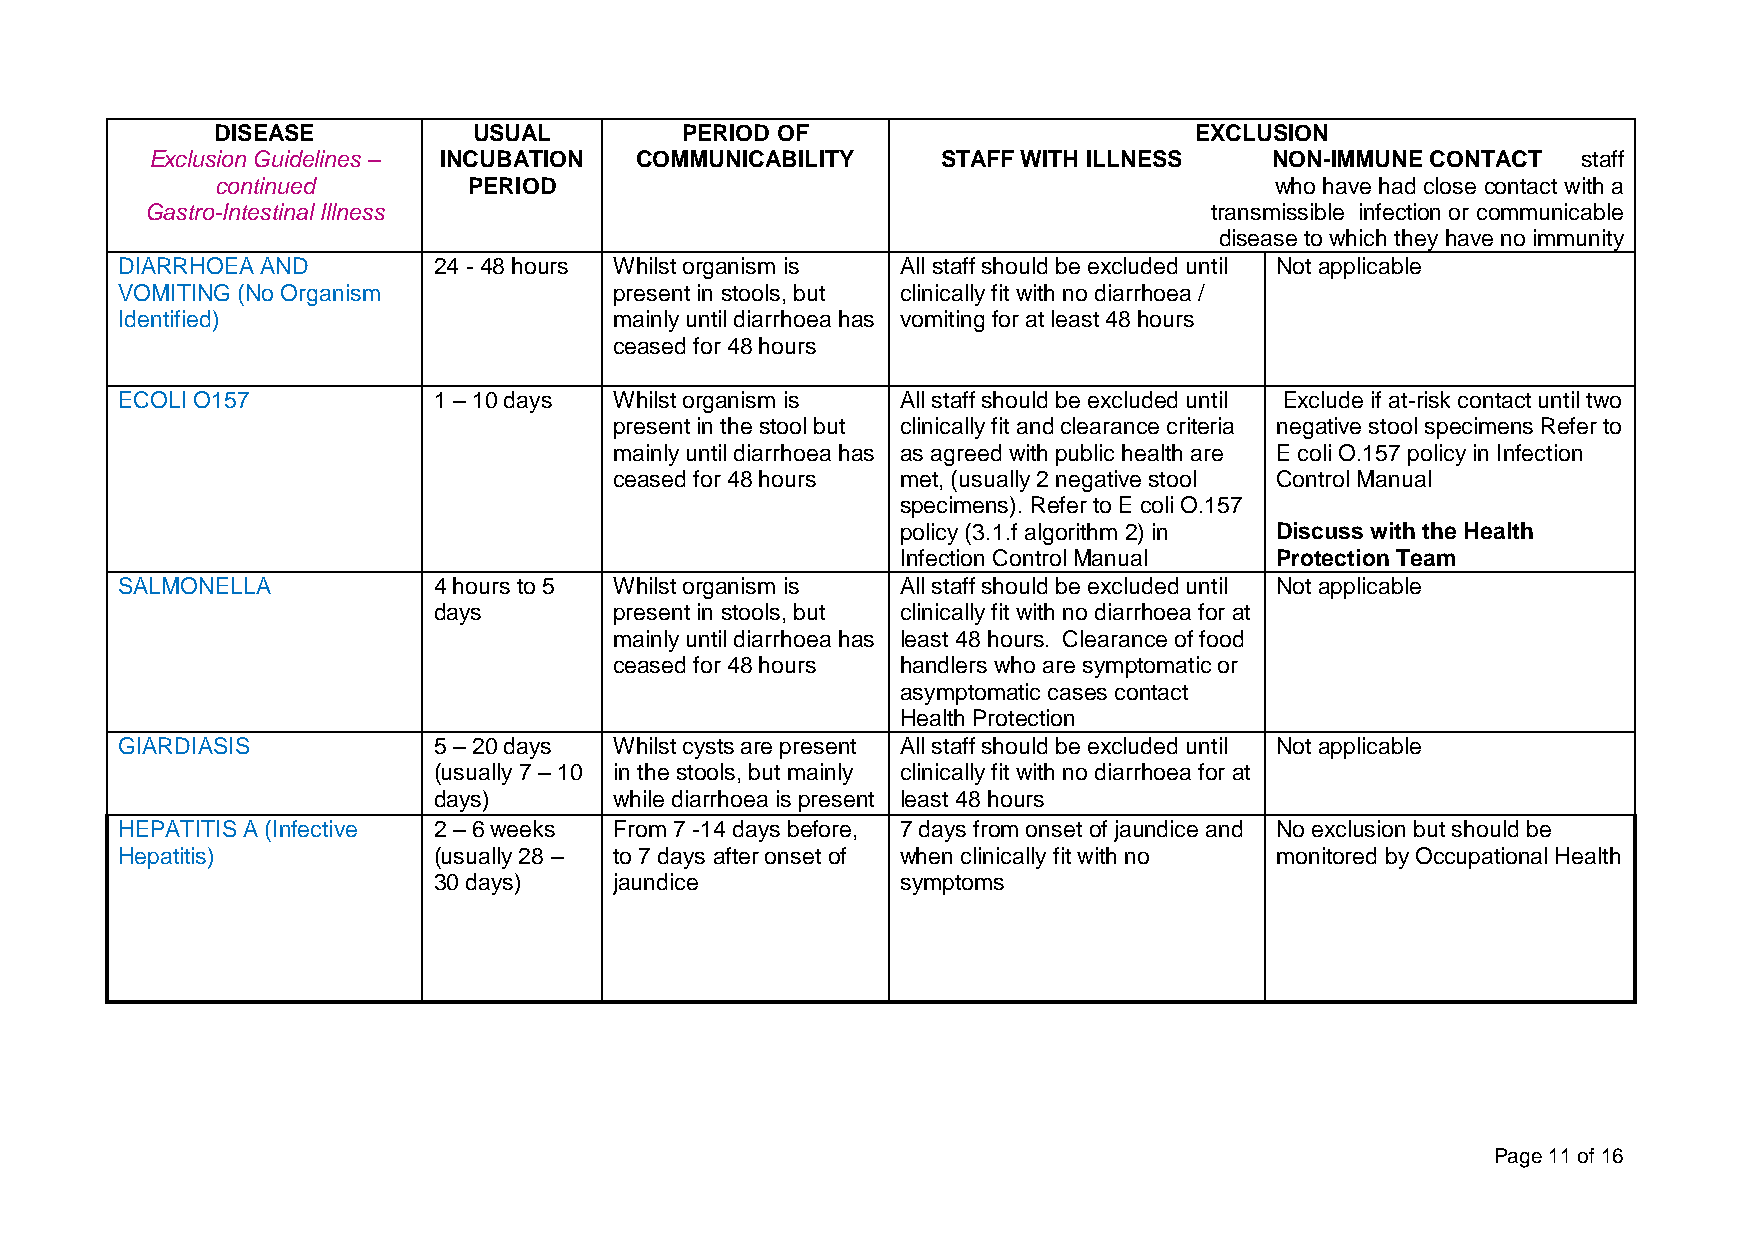
DISEASE          USUAL         PERIOD OF                         EXCLUSION
 Exclusion Guidelines – INCUBATION COMMUNICABILITY   STAFF WITH ILLNESS    NON-IMMUNE CONTACT   staff
 continued        PERIOD                                               who have had close contact with a
 Gastro-Intestinal Illness                                             transmissible infection or communicable
 disease to which they have no immunity
 DIARRHOEA AND        24 - 48 hours Whilst organism is All staff should be excluded until Not applicable
 VOMITING (No Organism            present in stools, but clinically fit with no diarrhoea /
 Identified)                      mainly until diarrhoea has vomiting for at least 48 hours
 ceased for 48 hours
 ECOLI O157           1 – 10 days Whilst organism is All staff should be excluded until Exclude if at-risk contact until two
 present in the stool but clinically fit and clearance criteria negative stool specimens Refer to
 mainly until diarrhoea has as agreed with public health are E coli O.157 policy in Infection
 ceased for 48 hours met, (usually 2 negative stool Control Manual
 specimens). Refer to E coli O.157
 policy (3.1.f algorithm 2) in Discuss with the Health
 Infection Control Manual Protection Team
 SALMONELLA           4 hours to 5 Whilst organism is All staff should be excluded until Not applicable
 days        present in stools, but clinically fit with no diarrhoea for at
 mainly until diarrhoea has least 48 hours. Clearance of food
 ceased for 48 hours handlers who are symptomatic or
 asymptomatic cases contact
 Health Protection
 GIARDIASIS           5 – 20 days Whilst cysts are present All staff should be excluded until Not applicable
 (usually 7 – 10 in the stools, but mainly clinically fit with no diarrhoea for at
 days)       while diarrhoea is present least 48 hours
 HEPATITIS A (Infective 2 – 6 weeks From 7 -14 days before, 7 days from onset of jaundice and No exclusion but should be
 Hepatitis)           (usually 28 – to 7 days after onset of when clinically fit with no monitored by Occupational Health
 30 days)    jaundice           symptoms
 Page 11 of 16